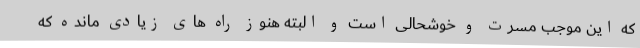
که این موجب مسرت و خوشحالی است و البته هنوز راه های زیادی مانده که